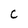
Character: C